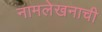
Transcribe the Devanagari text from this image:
नामलेखनाची